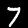
Label: 7